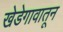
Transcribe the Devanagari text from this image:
खेडेगावातून